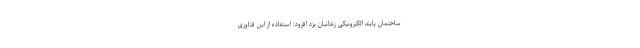
ساختمان پابند الکترونیکی زندانیان یزد افزود: استفاده از این فناوری